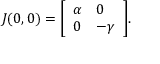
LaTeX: J ( 0 , 0 ) = { \left[ \begin{array} { l l } { \alpha } & { 0 } \\ { 0 } & { - \gamma } \end{array} \right] } .